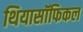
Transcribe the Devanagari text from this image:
थियासॉफिकल